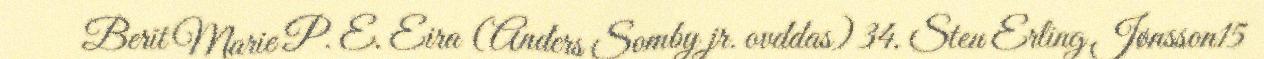
Berit Marie P. E. Eira (Anders Somby jr. ovddas) 34. Sten Erling Jønsson15